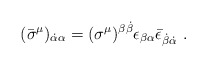
\begin{align*} (\bar\sigma^\mu)_{\dot\alpha\alpha} = (\sigma^\mu)^{\beta\dot\beta} \epsilon_{\beta\alpha} \bar\epsilon_{\dot\beta\dot\alpha}~.\end{align*}